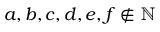
a , b , c , d , e , f \notin \mathbb { N }